Vaccination in Bombay 1863-1868 - 1863-1868
Year: 1863
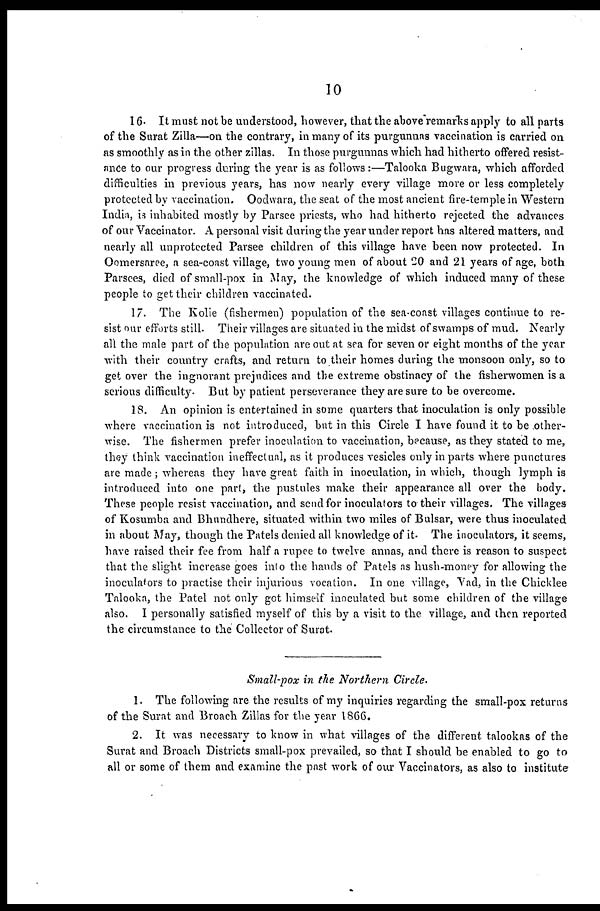
10
16. It must not be understood, however, that the above remarks apply to all parts
of the Surat Zilla—on the contrary, in many of its purgunnas vaccination is carried on
as smoothly as in the other zillas. In those purgunnas which had hitherto offered resist-
ance to our progress during the year is as follows:—Talooka Bugwara, which afforded
difficulties in previous years, has now nearly every village more or less completely
protected by vaccination. Oodwara, the seat of the most ancient fire-temple in Western
India, is inhabited mostly by Parsee priests, who had hitherto rejected the advances
of our Vaccinator. A personal visit during the year under report has altered matters, and
nearly all unprotected Parsee children of this village have been now protected. In
Oomersaree, a sea-coast village, two young men of about 20 and 21 years of age, both
Parsees, died of small-pox in May, the knowledge of which induced many of these
people to get their children vaccinated.
17. The Kolie (fishermen) population of the sea-coast villages continue to re-
sist our efforts still. Their villages are situated in the midst of swamps of mud. Nearly
all the male part of the population are out at sea for seven or eight months of the year
with their country crafts, and return to their homes during the monsoon only, so to
get over the ingnorant prejudices and the extreme obstinacy of the fisherwomen is a
serious difficulty. But by patient perseverance they are sure to be overcome.
18. An opinion is entertained in some quarters that inoculation is only possible
where vaccination is not introduced, but in this Circle I have found it to be other-
wise. The fishermen prefer inoculation to vaccination, because, as they stated to me,
they think vaccination ineffectual, as it produces vesicles only in parts where punctures
are made; whereas they have great faith in inoculation, in which, though lymph is
introduced into one part, the pustules make their appearance all over the body.
These people resist vaccination, and send for inoculators to their villages. The villages
of Kosumba and Bhundhere, situated within two miles of Bulsar, were thus inoculated
in about May, though the Patels denied all knowledge of it. The inoculators, it seems,
have raised their fee from half a rupee to twelve annas, and there is reason to suspect
that the slight increase goes into the hands of Patels as hush-money for allowing the
inoculators to practise their injurious vocation. In one village, Vad, in the Chicklee
Talooka, the Patel not only got himself inoculated but some children of the village
also. I personally satisfied myself of this by a visit to the village, and then reported
the circumstance to the Collector of Surat.
Small-pox in the Northern Circle.
1. The following are the results of my inquiries regarding the small-pox returns
of the Surat and Broach Zillas for the year 1866.
2. It was necessary to know in what villages of the different talookas of the
Surat and Broach Districts small-pox prevailed, so that I should be enabled to go to
all or some of them and examine the past work of our Vaccinators, as also to institute